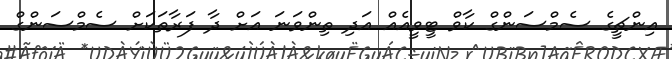
އިންޗީގެ ސެމްސަންގް ކާވް ޓީވީއެއް އަދި ތިންވަނަ އަށް ދާ ފަރާތަކަށް ސެމްސަންގް